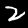
Label: 2